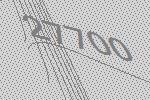
27700